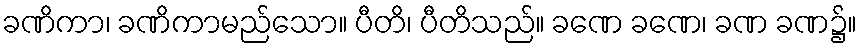
ခဏိကာ၊ ခဏိကာမည်သော။ ပီတိ၊ ပီတိသည်။ ခဏေ ခဏေ၊ ခဏ ခဏ၌။